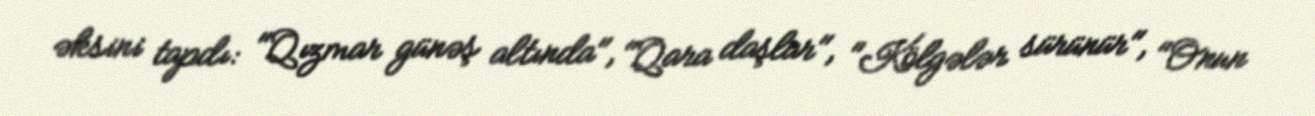
əksini tapdı: "Qızmar günəş altında", "Qara daşlar", "Kölgələr sürünür", "Onun